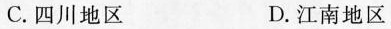
C.四川地区 D.江南地区